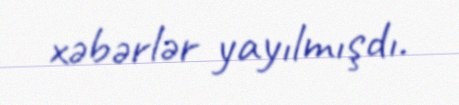
xəbərlər yayılmışdı.